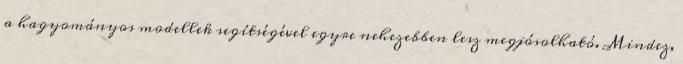
a hagyományos modellek segítségével egyre nehezebben lesz megjósolható. Mindez,